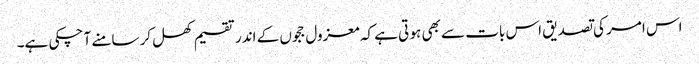
اس امر کی تصدیق اس بات سے بھی ہو تی ہے کہ معزول ججوں کے اندر تقسیم کھل کر سامنے آ چکی ہے۔